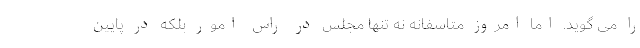
را می گوید. اما امروز متاسفانه نه تنها مجلس در راس امور بلکه در پایین